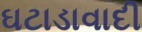
ઘટાડાવાદી